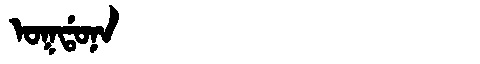
Manchu: ᠣᡴᡩᠣᠨᠠ
Romanization: OKDONA